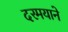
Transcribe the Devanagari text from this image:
दरमयाने